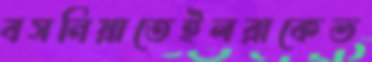
বসনিয়াতেইলরাকেভ